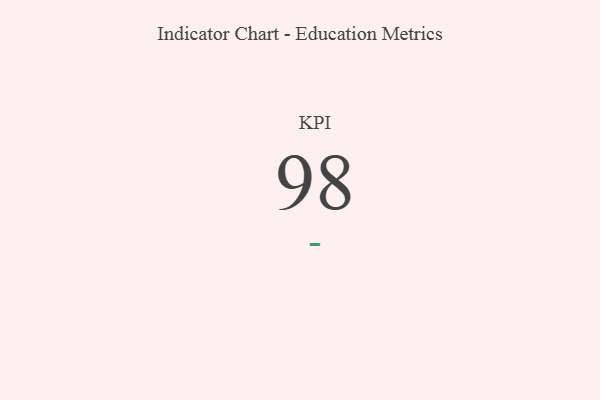
{"axis": {"x": "KPI", "y": "Value"}, "legend": [""], "data": [{"x": "KPI", "y": 98, "type": ""}]}